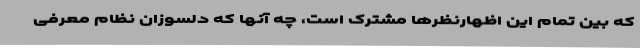
که بین تمام این اظهارنظرها مشترک است، چه آنها که دلسوزان نظام معرفی